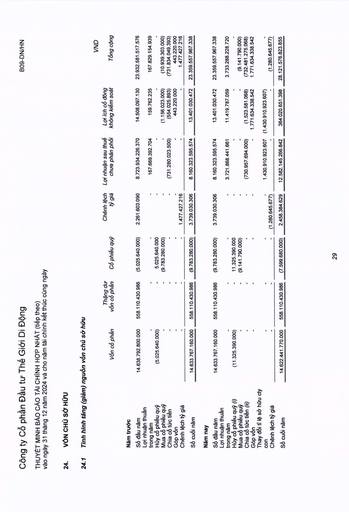
||||||||VND| |---|---|---|---|---|---|---|---|